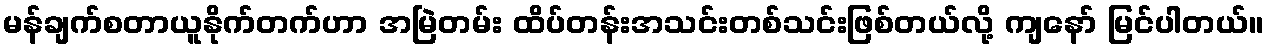
မန်ချက်စတာယူနိုက်တက်ဟာ အမြဲတမ်း ထိပ်တန်းအသင်းတစ်သင်းဖြစ်တယ်လို့ ကျနော် မြင်ပါတယ်။